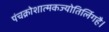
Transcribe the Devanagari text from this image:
पंचक्रोशात्मकज्योतिर्लिगहै।